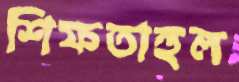
শিফতাহুল